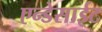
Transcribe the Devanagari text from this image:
एन्डेसाईट